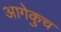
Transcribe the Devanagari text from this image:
आगेकुच